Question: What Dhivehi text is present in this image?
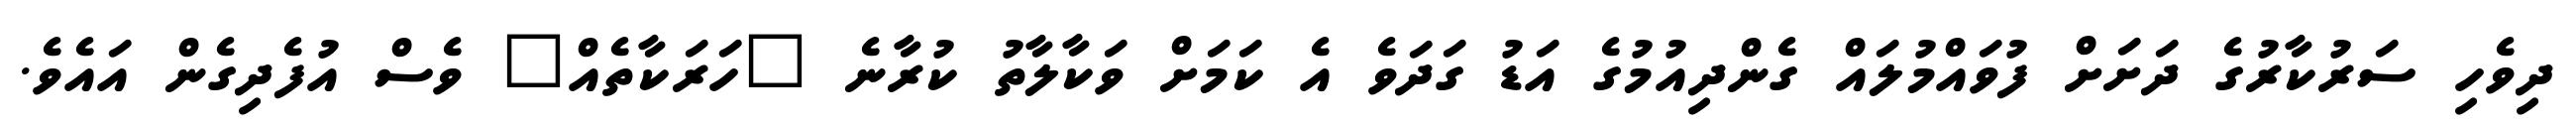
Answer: ދިވެހި ސަރުކާރުގެ ދަށަށް ފުވައްމުލައް ގެންދިއުމުގެ އަޑު ގަދަވެ އެ ކަމަށް ވަކާލާތު ކުރާނެ "ހަރަކާތެއް" ވެސް އުފެދިގެން އައެވެ.